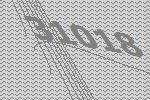
31018